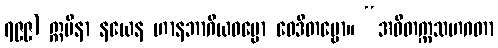
၇၉၉) ဣမိနာ နယေန ဟာနဘာဂိယဓမ္မော ဝေဒိတဗ္ဗော။ “အဝိတက္ကသဟဂတာ